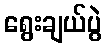
ရွေးချယ်ပွဲ